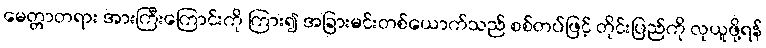
မေတ္တာတရား အားကြီးကြောင်းကို ကြား၍ အခြားမင်းတစ်ယောက်သည် စစ်တပ်ဖြင့် တိုင်းပြည်ကို လုယူဖို့ရန်